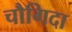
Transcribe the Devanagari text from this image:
चौगिदा